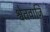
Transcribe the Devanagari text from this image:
श्वेतवाजि